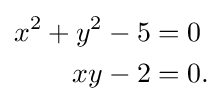
{\begin{aligned}x^{2}+y^{2}-5&=0\\xy-2&=0.\end{aligned}}